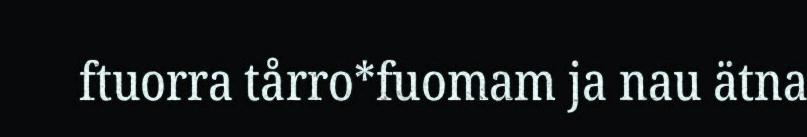
ftuorra tårro*fuomam ja nau ätna